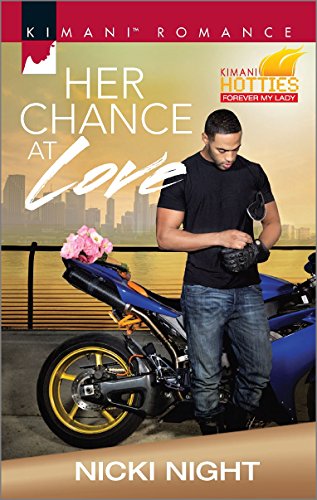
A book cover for Her Chance at Love (The Barrington Brothers); Nicki Night; Romance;